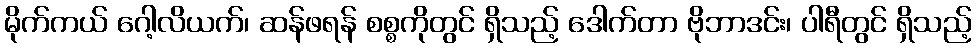
မိုက်ကယ် ဂေါ့လိယက်၊ ဆန်ဖရန် စစ္စကိုတွင် ရှိသည့် ဒေါက်တာ ဗိုဘာဒင်း၊ ပါရီတွင် ရှိသည့်